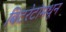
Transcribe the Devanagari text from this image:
बिटरेटांमधून